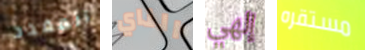
المقدد الناي إلهي مستقره